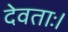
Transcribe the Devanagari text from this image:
देवताः।